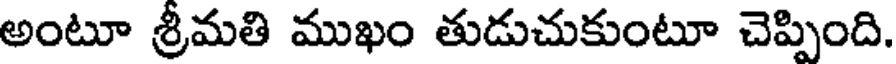
అంటూ శ్రీమతి ముఖం తుడుచుకుంటూ చెప్పింది.